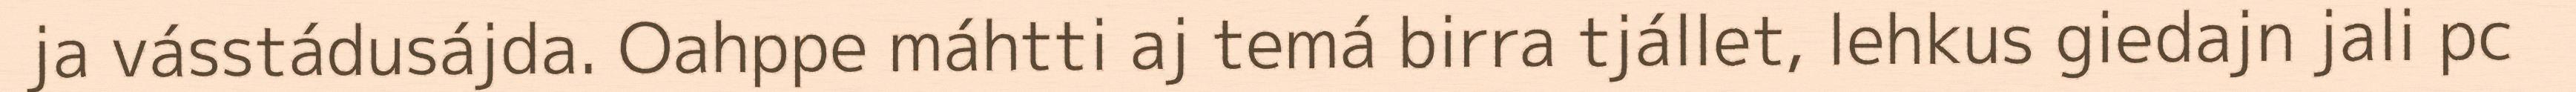
ja vásstádusájda. Oahppe máhtti aj temá birra tjállet, lehkus giedajn jali pc